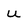
Character: u